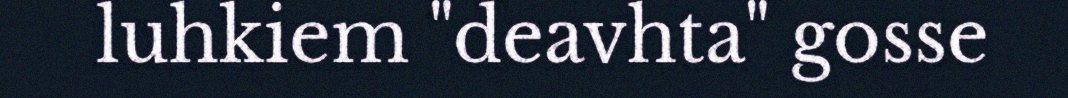
luhkiem "deavhta" gosse